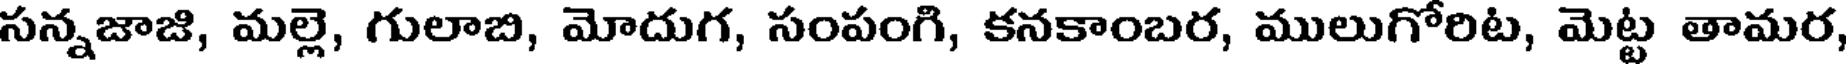
సన్నజాజి, మల్లె, గులాబి, మోదుగ, సంపంగి, కనకాంబర, ములుగోరిట, మెట్ట తామర,